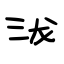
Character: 泷